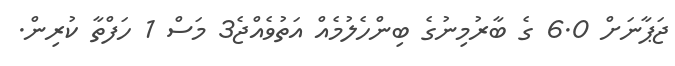
ޖަޕާނަށް 6.0 ގެ ބާރުމިނުގެ ބިންހެލުމެއް އަތުވެއްޖެ3 މަސް 1 ހަފްތާ ކުރިން.